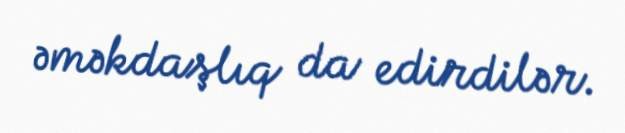
əməkdaşlıq da edirdilər.